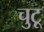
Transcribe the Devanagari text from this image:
चुटू